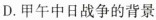
D.甲午中日战争的背景